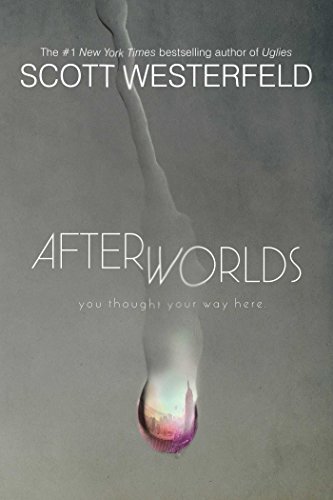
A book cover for Afterworlds; Scott Westerfeld; Teen & Young Adult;